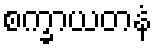
စက္ခာယတနံ